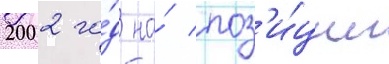
2002 го́д на́ поз'и́ции